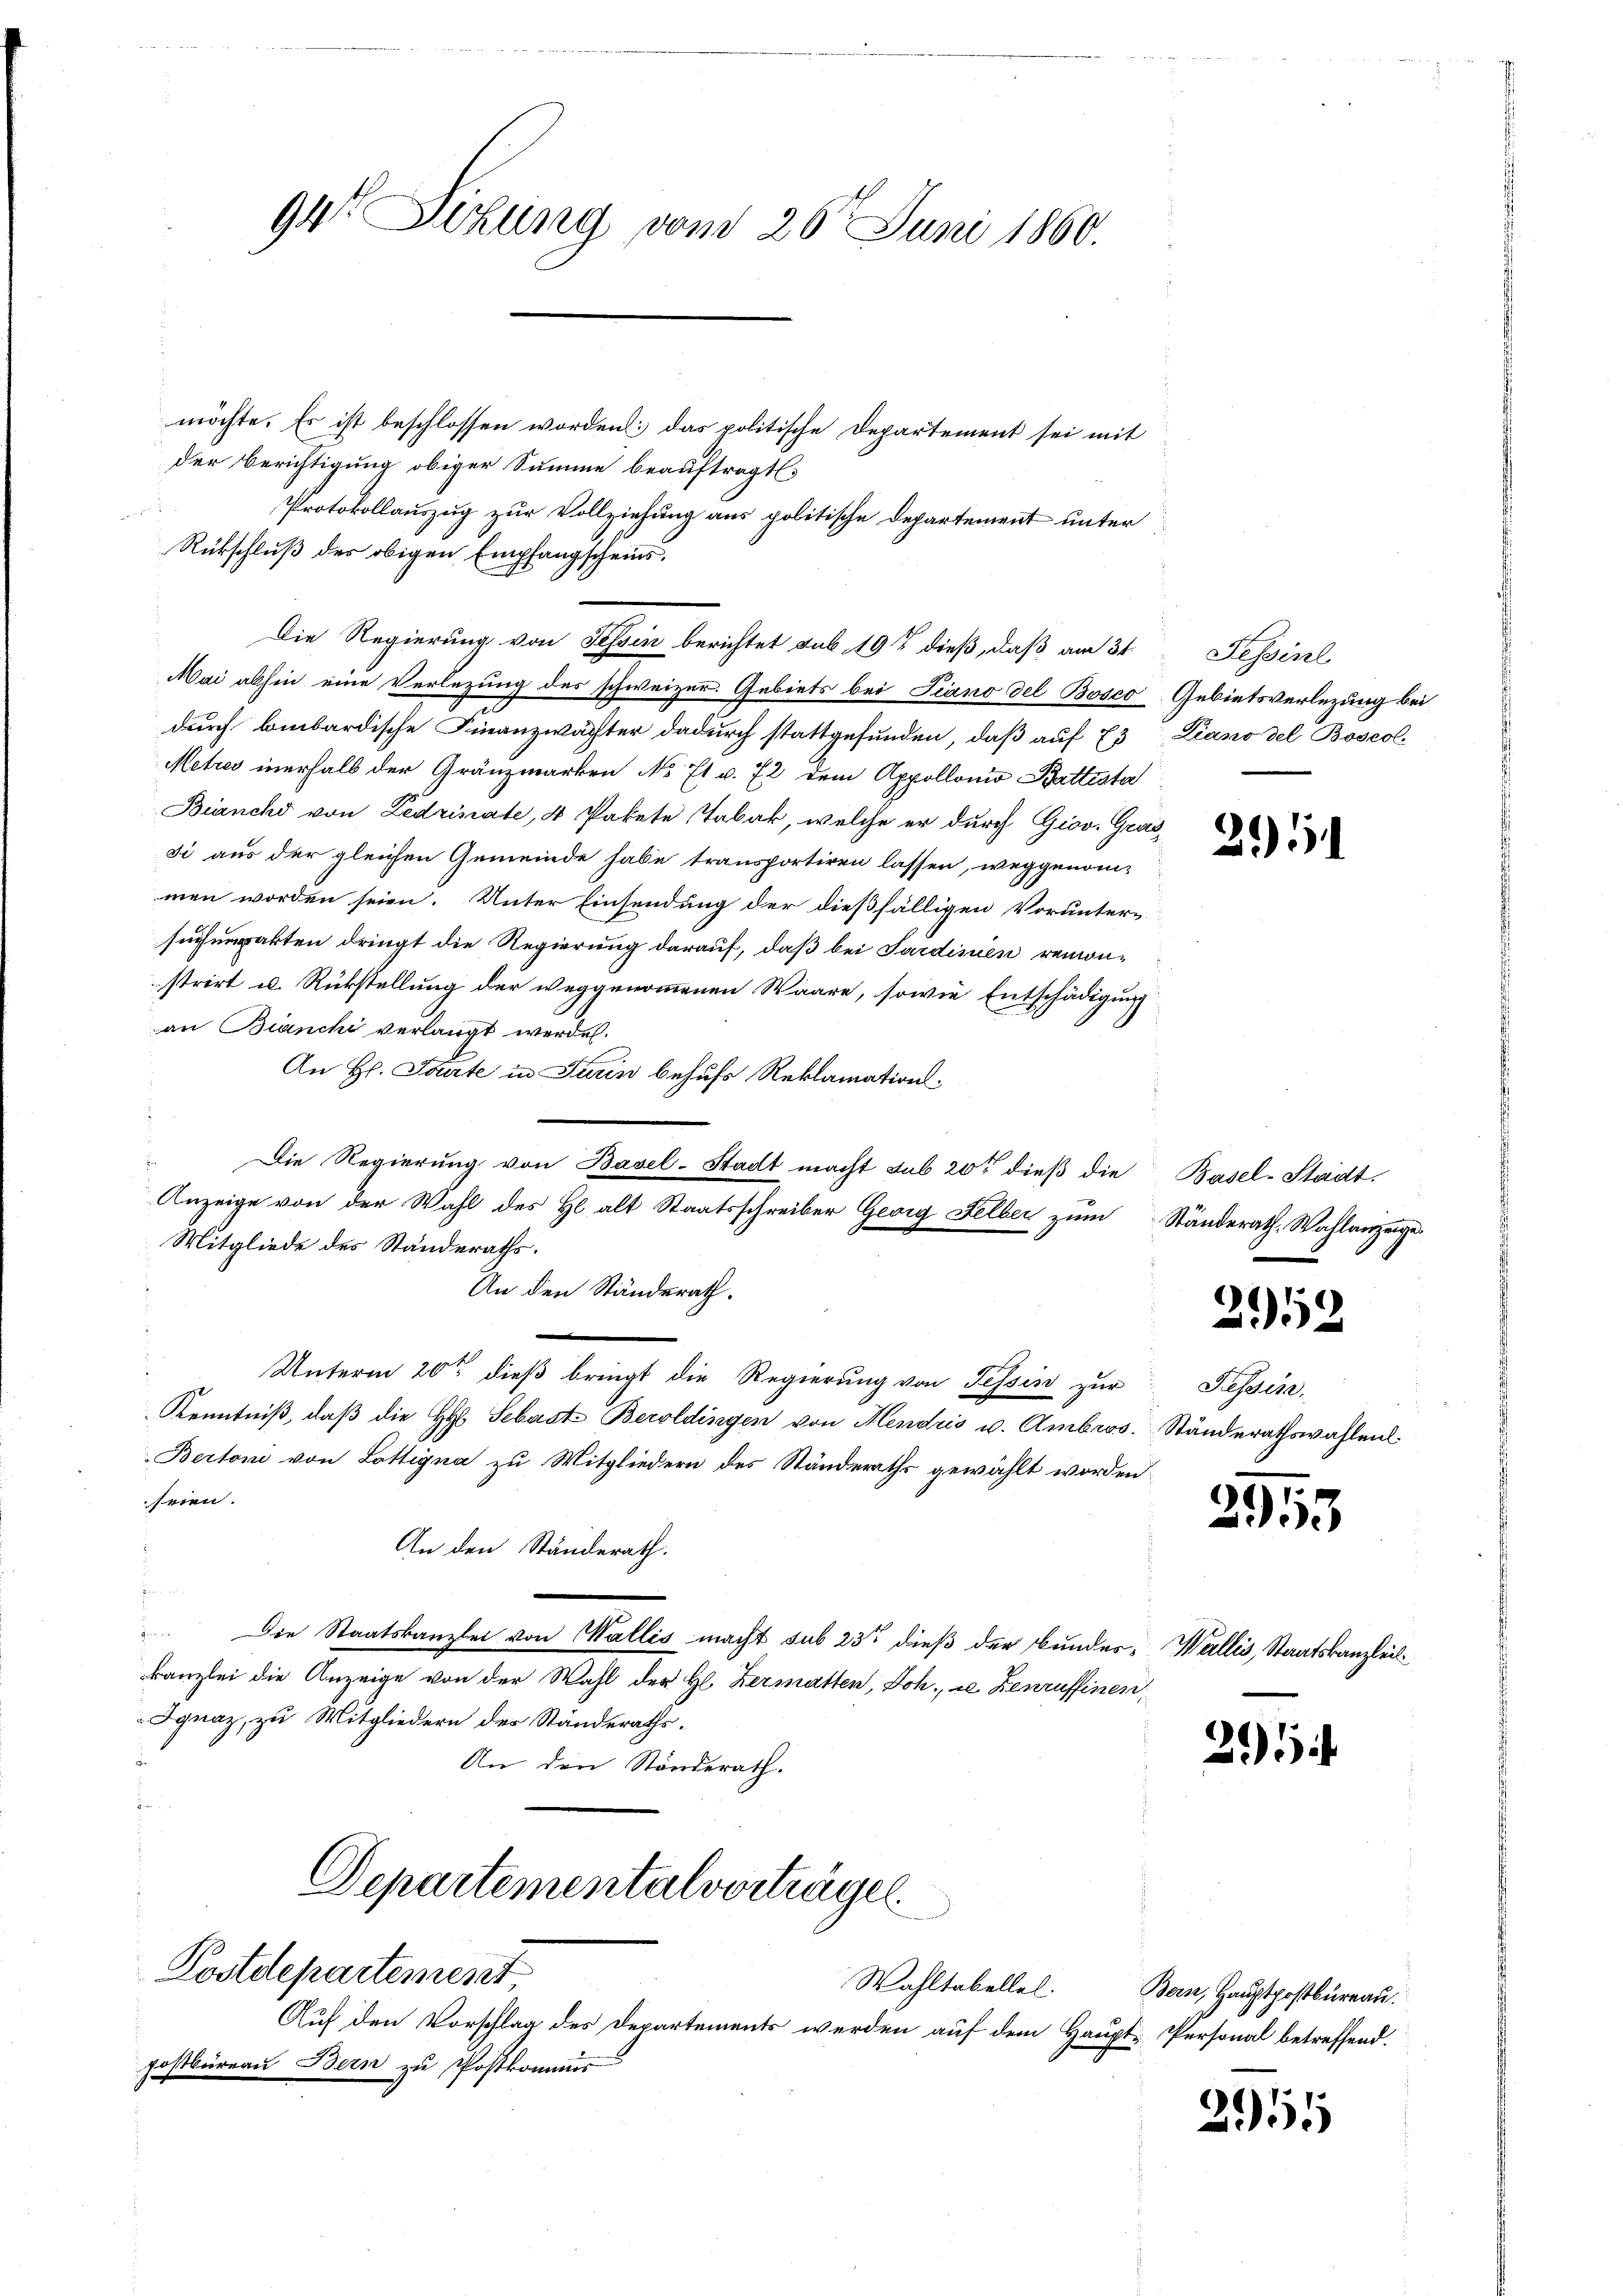
möchte. Es ist beschlossen worden: das politische Departement sei mit
der Berichtigung obiger Summe beauftragt.
Protokollauszug zur Vollziehung aus politische Departement unter
Rükschluß der obigen Empfangscheins¬
Die Regierung von Tessin berichtet sub 19t dieß, daß am 31. Fessinl
Mai abhin eine Verlegung des schweizer. Gebiets bei Piano del Bosco Gebietsverlegung bei
durch binbardische Finanzwächter dadurch stattgefunden, daß auf 73 Diano del Boscol¬
Metres inerhalb der Gränzmarken No 71 u. 72 dem Appollonio Battesta
Bianchi von Ledrinate, 4 Pakete Tabak, welche er durch Giov. Grasdi aus der gleichen Gemeinde habe transportiren lassen, weggenom-
men worden seien. Unter Einsendung der dießfälligen Vorunter-
pakten dringt die Regierung darauf, daß bei Sardinien remon-
strirt u. Rükstellung der weggenommenen Waare, sowie Entschädigung
an Bianchi verlangt werden.
An H. Tante in Turin behufs Reklamations¬
Die Regierung von Basel-Stadt macht sub 20t dieβ die Basel-Stadt.
Anzeige von der Wahl des Hl. alt Staatsschreiber Georg Felber zum Ständerath, Wahlanzeige.
Mitgliede des Standeraths.
An den Ständerath.
Unterm 20t dieß bringt die Regierung von Tessin zur Tessin,
Kenntniß, daß die HH Sebaste Beroldingen von Hendris u. Ambros. Ständerathswahlenl
Bertoni von Lottigna zu Mitgliedern des Ständeraths gewählt worden.
seien.
An den Ständerath.
.
 Die Staatskanzlei von Wallis macht sub 23 dieß der Bundes- Wallis, Staatskanzleil
kanzlei die Anzeige von der Wahl des Hl. Zermatten, Joh., ce Denruffinen
Ignaz, zu Mitgliedern der Ständeraths¬
An den Ständerath.

94 Sizung vom 26. Juni 1860.

Departementalverträgel
Postdepartement
Wahltabellel.
Auf den Vorschlag des Departements werden auf dem Haupt- Personal betreffend.

postbureau Bern zu Postkommis

25

2052

2953

201

2911

Bern, Hauptpostbureau.